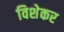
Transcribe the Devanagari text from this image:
विशेकर